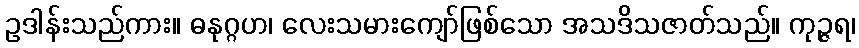
ဥဒါန်းသည်ကား။ ဓနုဂ္ဂဟ၊ လေးသမားကျော်ဖြစ်သော အသဒိသဇာတ်သည်။ ကုဉ္ဇရ၊